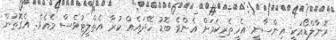
ރޮނާލްޑޯއަކީ އިންސާނީ އެހީތެރިކަމަށް އެންމެ ބޮޑު ހޭދައެއް ކުރާ އެތްލީޓުވެސް މެއެވެ. އެގޮތުން